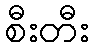
စီးတီး